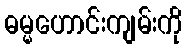
ဓမ္မဟောင်းကျမ်းကို